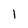
Character: 1